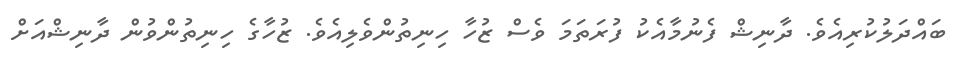
ބައްދަލުކުރިއެވެ. ދާނިޝް ފެނުމާއެކު ފުރަތަމަ ވެސް ޒުހާ ހިނިތުންވެލިއެވެ. ޒުހާގެ ހިނިތުންވުން ދާނިޝްއަށް